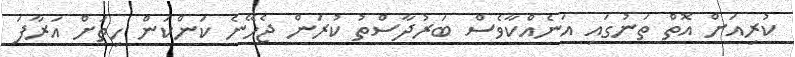
ކުރިއަށް އޮތް ތަނުގައި އަނެއްކާވެސް ބަރުދާސްތު ކުރަން ޖެހޭނެ ކަންކަން ހިތަށް އަރާފަ